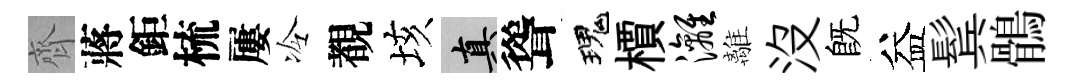
齊蔣鉅梳屢冷覩垓真聳瑰檟漓離没旣益鬂鶻